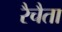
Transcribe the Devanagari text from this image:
रैचैता